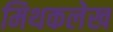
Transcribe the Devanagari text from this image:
मिथकलेख